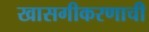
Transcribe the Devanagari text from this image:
खासगीकरणाची